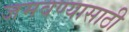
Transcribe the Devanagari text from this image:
जमवण्यासाठी